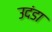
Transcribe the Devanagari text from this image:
उदंडा